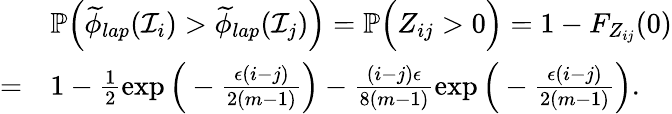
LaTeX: \begin{array}{rl}&{\mathbb{P}\Big(\widetilde{\phi}_{lap}(\mathcal{I}_{i})>\widetilde{\phi}_{lap}(\mathcal{I}_{j})\Big)=\mathbb{P}\Big(Z_{ij}>0\Big)=1-F_{Z_{ij}}(0)}\\ {=}&{1-\frac{1}{2}\exp\Big(-\frac{\epsilon(i-j)}{2(m-1)}\Big)-\frac{(i-j)\epsilon}{8(m-1)}\exp\Big(-\frac{\epsilon(i-j)}{2(m-1)}\Big).}\end{array}